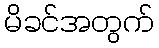
မိခင်အတွက်